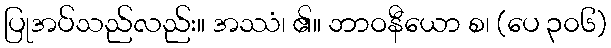
ပြုအပ်သည်လည်း။ အဿံ၊ ၏။ ဘာဝနီယော စ၊ (ပေ ၃၀၆)